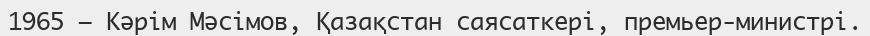
1965 — Кәрім Мәсімов, Қазақстан саясаткері, премьер-министрі.